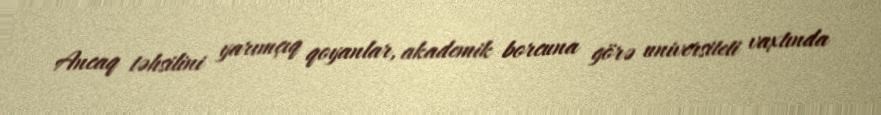
Ancaq təhsilini yarımçıq qoyanlar, akademik borcuna görə universiteti vaxtında